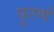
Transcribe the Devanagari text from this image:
पूरणं